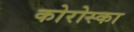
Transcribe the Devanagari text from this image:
कोरोस्का